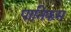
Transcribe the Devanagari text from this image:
पानिकम